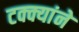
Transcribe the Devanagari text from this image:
टक्क्यांने